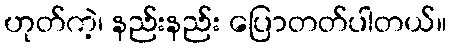
ဟုတ်ကဲ့၊ နည်းနည်း ပြောတတ်ပါတယ်။